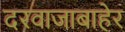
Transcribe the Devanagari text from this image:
दरवाजाबाहेर